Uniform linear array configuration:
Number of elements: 8
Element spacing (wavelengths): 0.5
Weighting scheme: kaiser
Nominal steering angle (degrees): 45
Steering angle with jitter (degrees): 45.781
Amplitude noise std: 0.05
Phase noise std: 0.05

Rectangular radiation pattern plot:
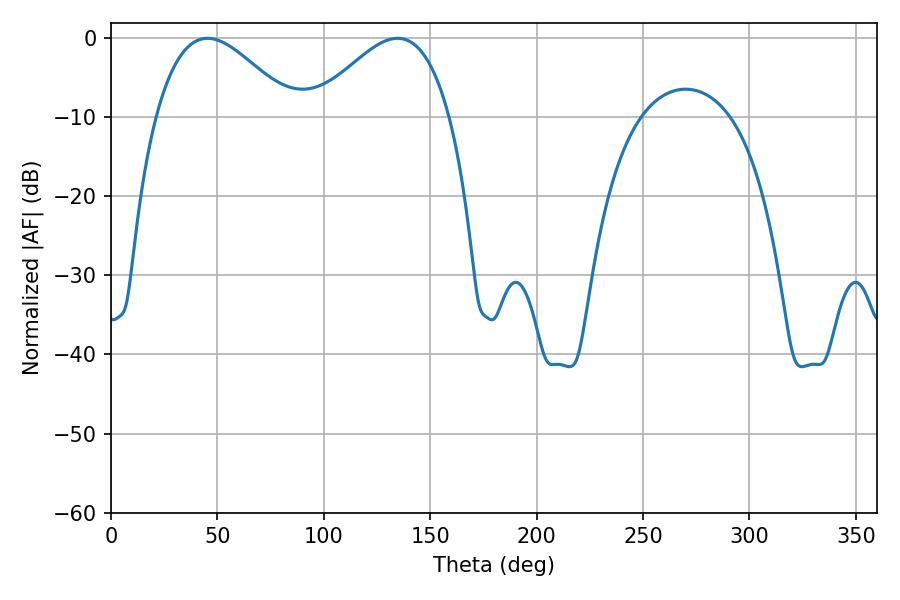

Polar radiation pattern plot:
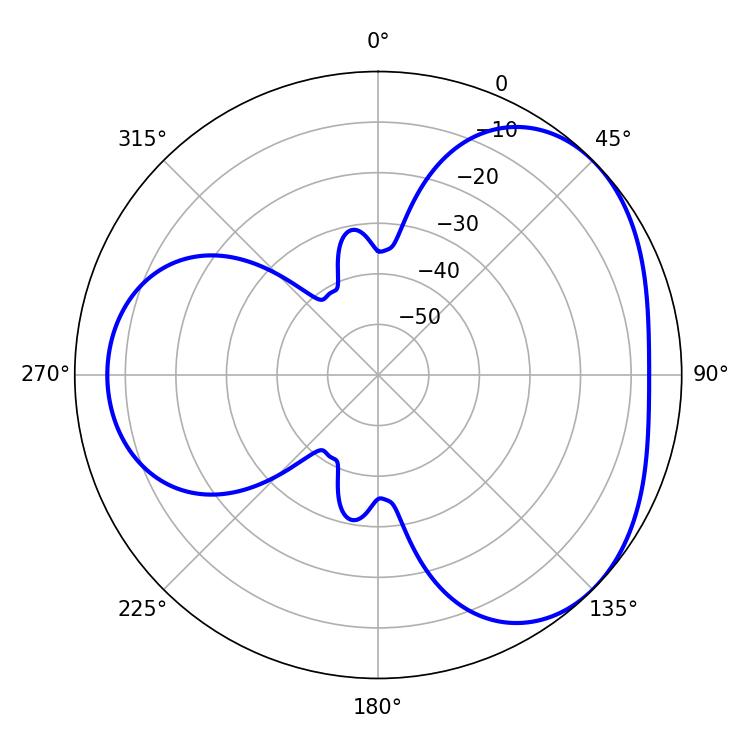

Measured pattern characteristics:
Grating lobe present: FALSE
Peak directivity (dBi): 3.66
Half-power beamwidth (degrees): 34.56
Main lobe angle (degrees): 45.36